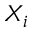
X _ { i }